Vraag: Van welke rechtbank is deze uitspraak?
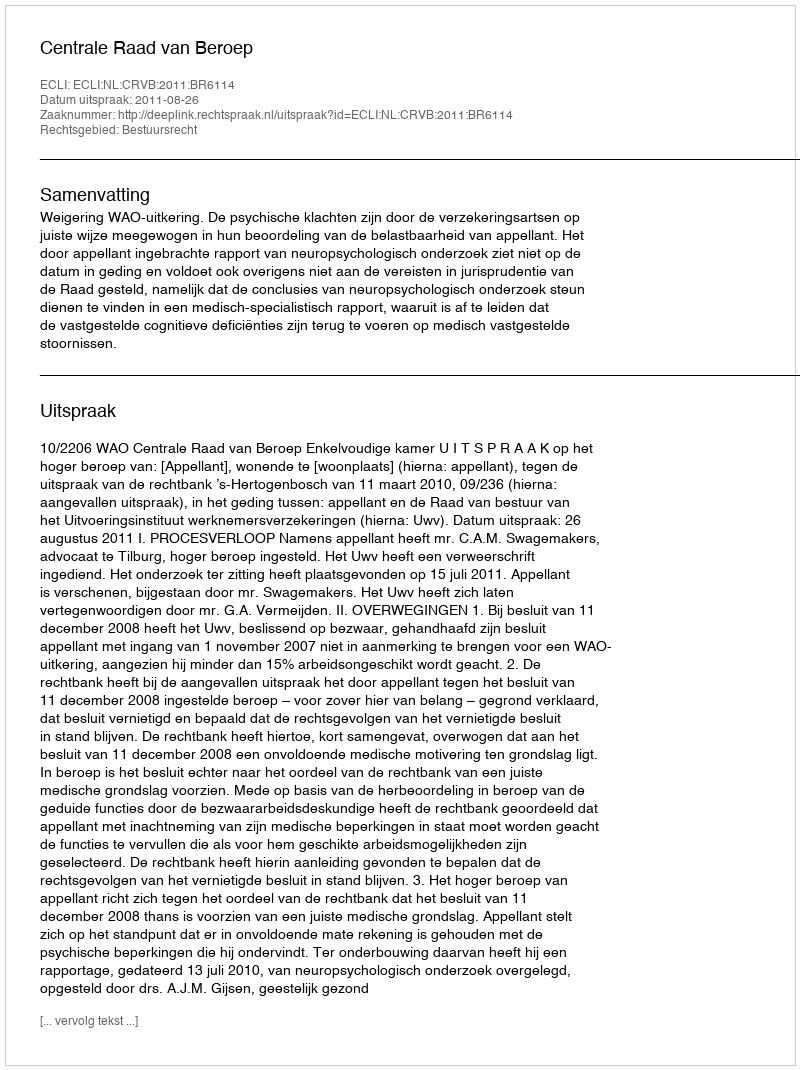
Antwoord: Centrale Raad van Beroep